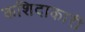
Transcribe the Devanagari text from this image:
कशिदाकारी